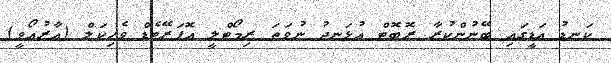
ކަނޑު އަޑީގައި ބޭނުންކުރާ ރޮބޮޓް އުޅަނދު ނުވަތަ ރިމޯޓްލީ އޮޕަރޭޓެޑް ވެހިކަލް (އާރުއޯވީ)